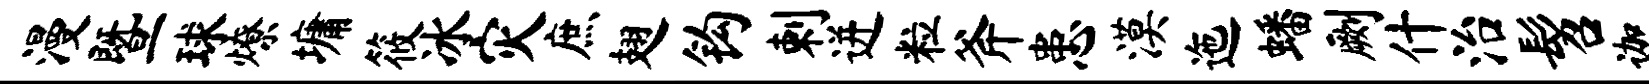
漫暨球燎墉筱冰灾庶翅钩剌迸粒斧患漠迤蟠劂什治髫迦